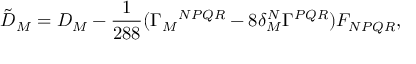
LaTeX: { \tilde { D } } _ { M } = D _ { M } - \frac { 1 } { 2 8 8 } ( \Gamma _ { M } { } ^ { N P Q R } - 8 \delta _ { M } ^ { N } \Gamma ^ { P Q R } ) F _ { N P Q R } ,